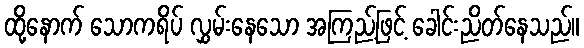
ထို့နောက် သောကရိပ် လွှမ်းနေသော အကြည့်ဖြင့် ခေါင်းညိတ်နေသည်။